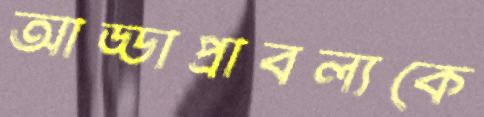
আড্ডাপ্রাবল্যকে